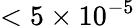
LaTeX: <5\times 10^{-5}